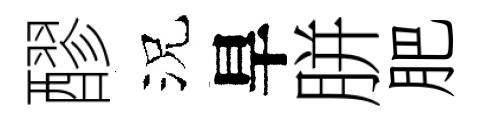
醪況旱胼肥